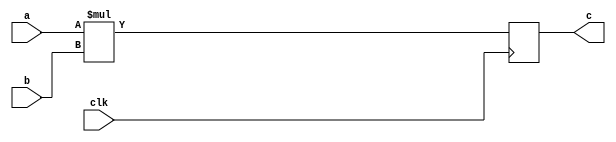
`default_nettype none
module multiplier (
    input wire clk,
    input [7:0] a,
    input [7:0] b,
    output reg [7:0] c
);
    always @(posedge clk)
        c <= a * b;
endmodule